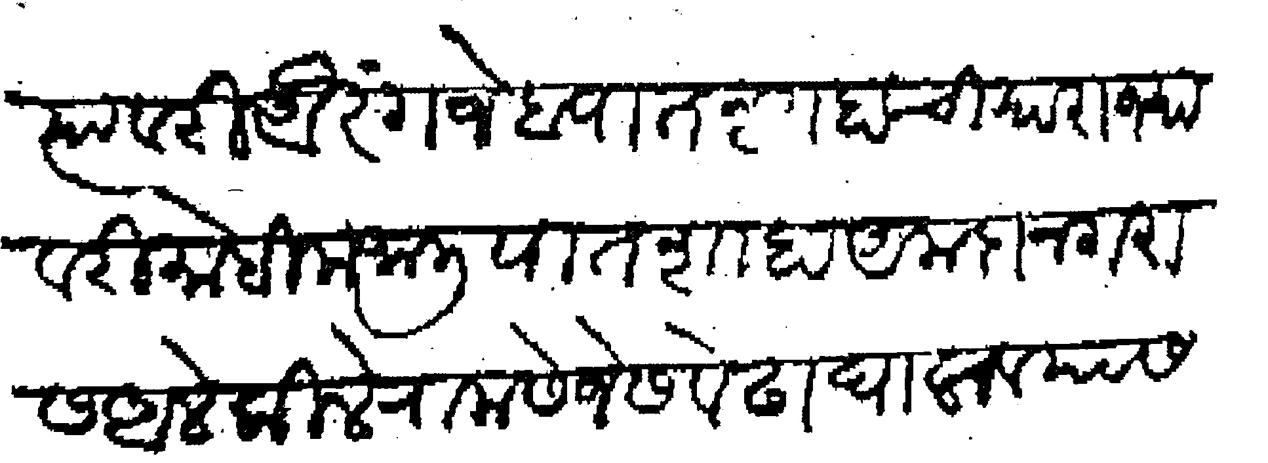
Transliteration (Devanagari): त्यावरी औरंगजेब पातशाहाची या राज्यावरी मोहीम जाली पातशाहा अमदानगरास आले किले रामसेजेस वेढा घालावयास